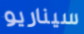
سيناريو